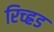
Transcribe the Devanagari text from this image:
रिच्ह्रड